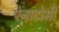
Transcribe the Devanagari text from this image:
ऐनाटोमी